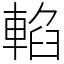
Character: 輡